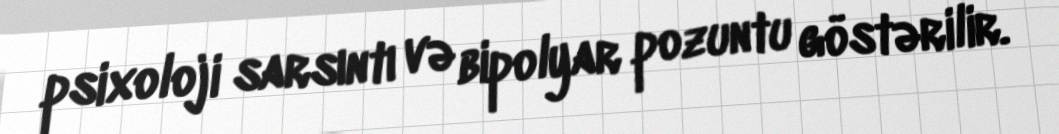
psixoloji sarsıntı və bipolyar pozuntu göstərilir.